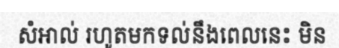
សំអាល់ រហូតមកទល់នឹងពេលនេះ មិន